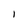
Character: I